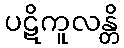
ပဋိကူလန္တိ